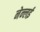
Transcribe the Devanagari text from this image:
नेन्लई